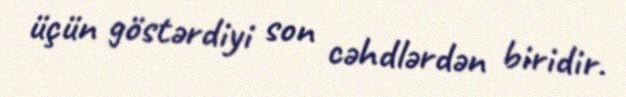
üçün göstərdiyi son cəhdlərdən biridir.